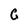
Character: G